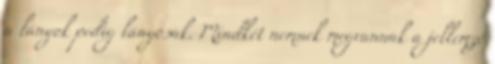
a lányok pedig lányosak. Mindkét nemnek megvannak a jellemző